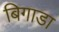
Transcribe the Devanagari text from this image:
बिगाडा